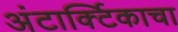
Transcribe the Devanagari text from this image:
अंटार्क्टिकाचा